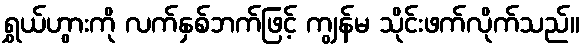
ရွှယ်ဟွားကို လက်နှစ်ဘက်ဖြင့် ကျွန်မ သိုင်းဖက်လိုက်သည်။